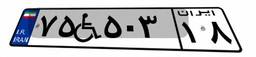
۷۵W۵۰۳۱۸